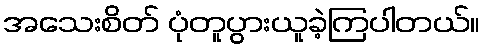
အသေးစိတ် ပုံတူပွားယူခဲ့ကြပါတယ်။